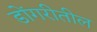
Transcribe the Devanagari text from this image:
डोंगरीतील